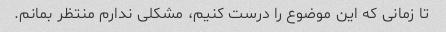
تا زمانی که این موضوع را درست کنیم، مشکلی ندارم منتظر بمانم.